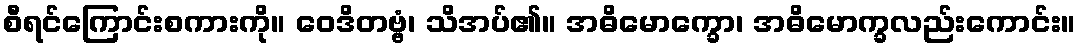
စီရင်ကြောင်းစကားကို။ ဝေဒိတဗ္ဗံ၊ သိအပ်၏။ အဓိမောက္ခော၊ အဓိမောက္ခလည်းကောင်း။